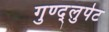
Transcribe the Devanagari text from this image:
गुण्द्लुपेट